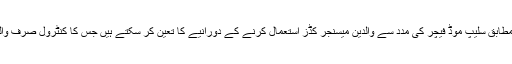
میڈیا رپورٹ کے مطابق سلیپ موڈ فیچر کی مدد سے والدین میسنجر کڈز استعمال کرنے کے دورانیے کا تعین کر سکتے ہیں جس کا کنٹرول صرف والدین کے پاس ہوگا۔